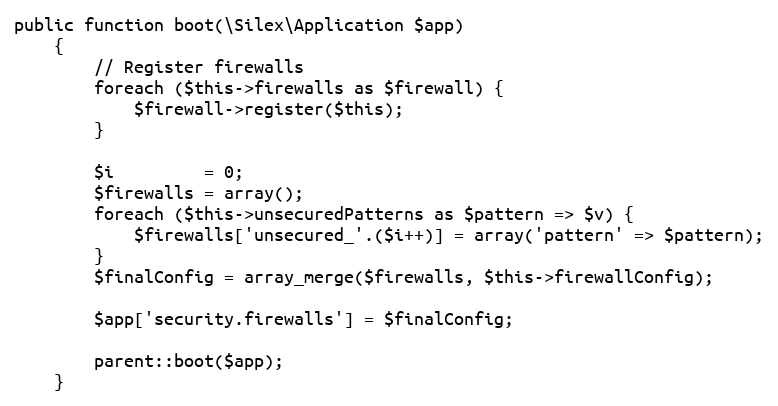
Language: PHP
public function boot(\Silex\Application $app)
    {
        // Register firewalls
        foreach ($this->firewalls as $firewall) {
            $firewall->register($this);
        }

        $i         = 0;
        $firewalls = array();
        foreach ($this->unsecuredPatterns as $pattern => $v) {
            $firewalls['unsecured_'.($i++)] = array('pattern' => $pattern);
        }
        $finalConfig = array_merge($firewalls, $this->firewallConfig);

        $app['security.firewalls'] = $finalConfig;

        parent::boot($app);
    }